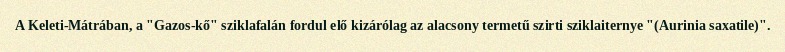
A Keleti-Mátrában, a "Gazos-kő" sziklafalán fordul elő kizárólag az alacsony termetű szirti sziklaiternye "(Aurinia saxatile)".